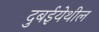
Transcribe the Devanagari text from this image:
दुबईयेथील